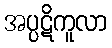
အပ္ပဋိကူလာ